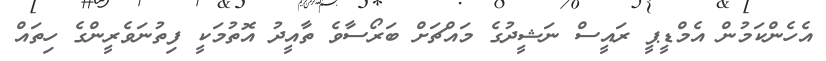
އެހެންކަމުން އެމްޑީޕީ ރައީސް ނަޝީދުގެ މައްޗަށް ބަރޯސާވެ ތާއީދު އޮތުމަކީ ފިތުނަވެރީންގެ ހިތައް